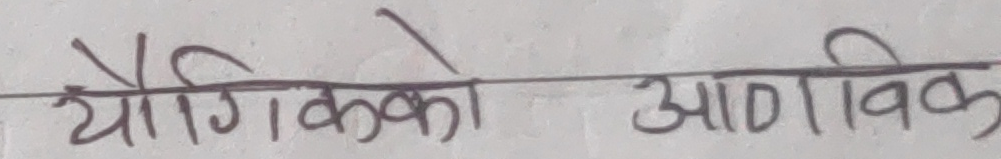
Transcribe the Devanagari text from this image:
यौगिकको आण्विक